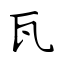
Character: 瓦